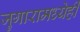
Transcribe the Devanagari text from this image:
जुगारामध्येही